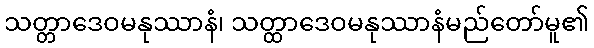
သတ္တာဒေဝမနုဿာနံ၊ သတ္ထာဒေဝမနုဿာနံမည်တော်မူ၏